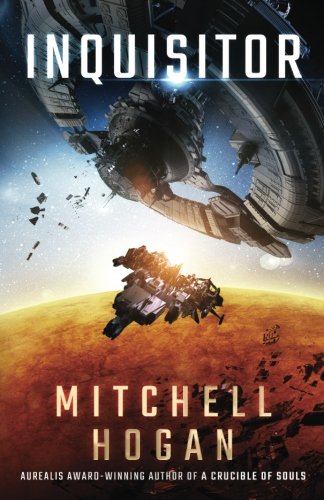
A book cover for Inquisitor; Mitchell Hogan; Science Fiction & Fantasy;